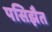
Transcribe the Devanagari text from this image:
पसिझैत